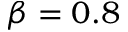
\beta = 0 . 8